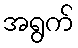
အရွက်